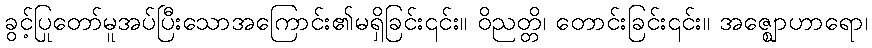
ခွင့်ပြုတော်မူအပ်ပြီးသောအကြောင်း၏မရှိခြင်း၎င်း။ ဝိညတ္တိ၊ တောင်းခြင်း၎င်း။ အဇ္ဈောဟာရော၊